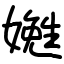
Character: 嬎